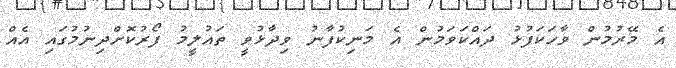
އެ މޭރުމުން ވާހަކަފުޅު ދައްކަވަމުން އެ މަނިކުފާނު ވިދާޅުވީ ތައުލީމު ފޯރުކޮށްދިނުމުގައި އެއް